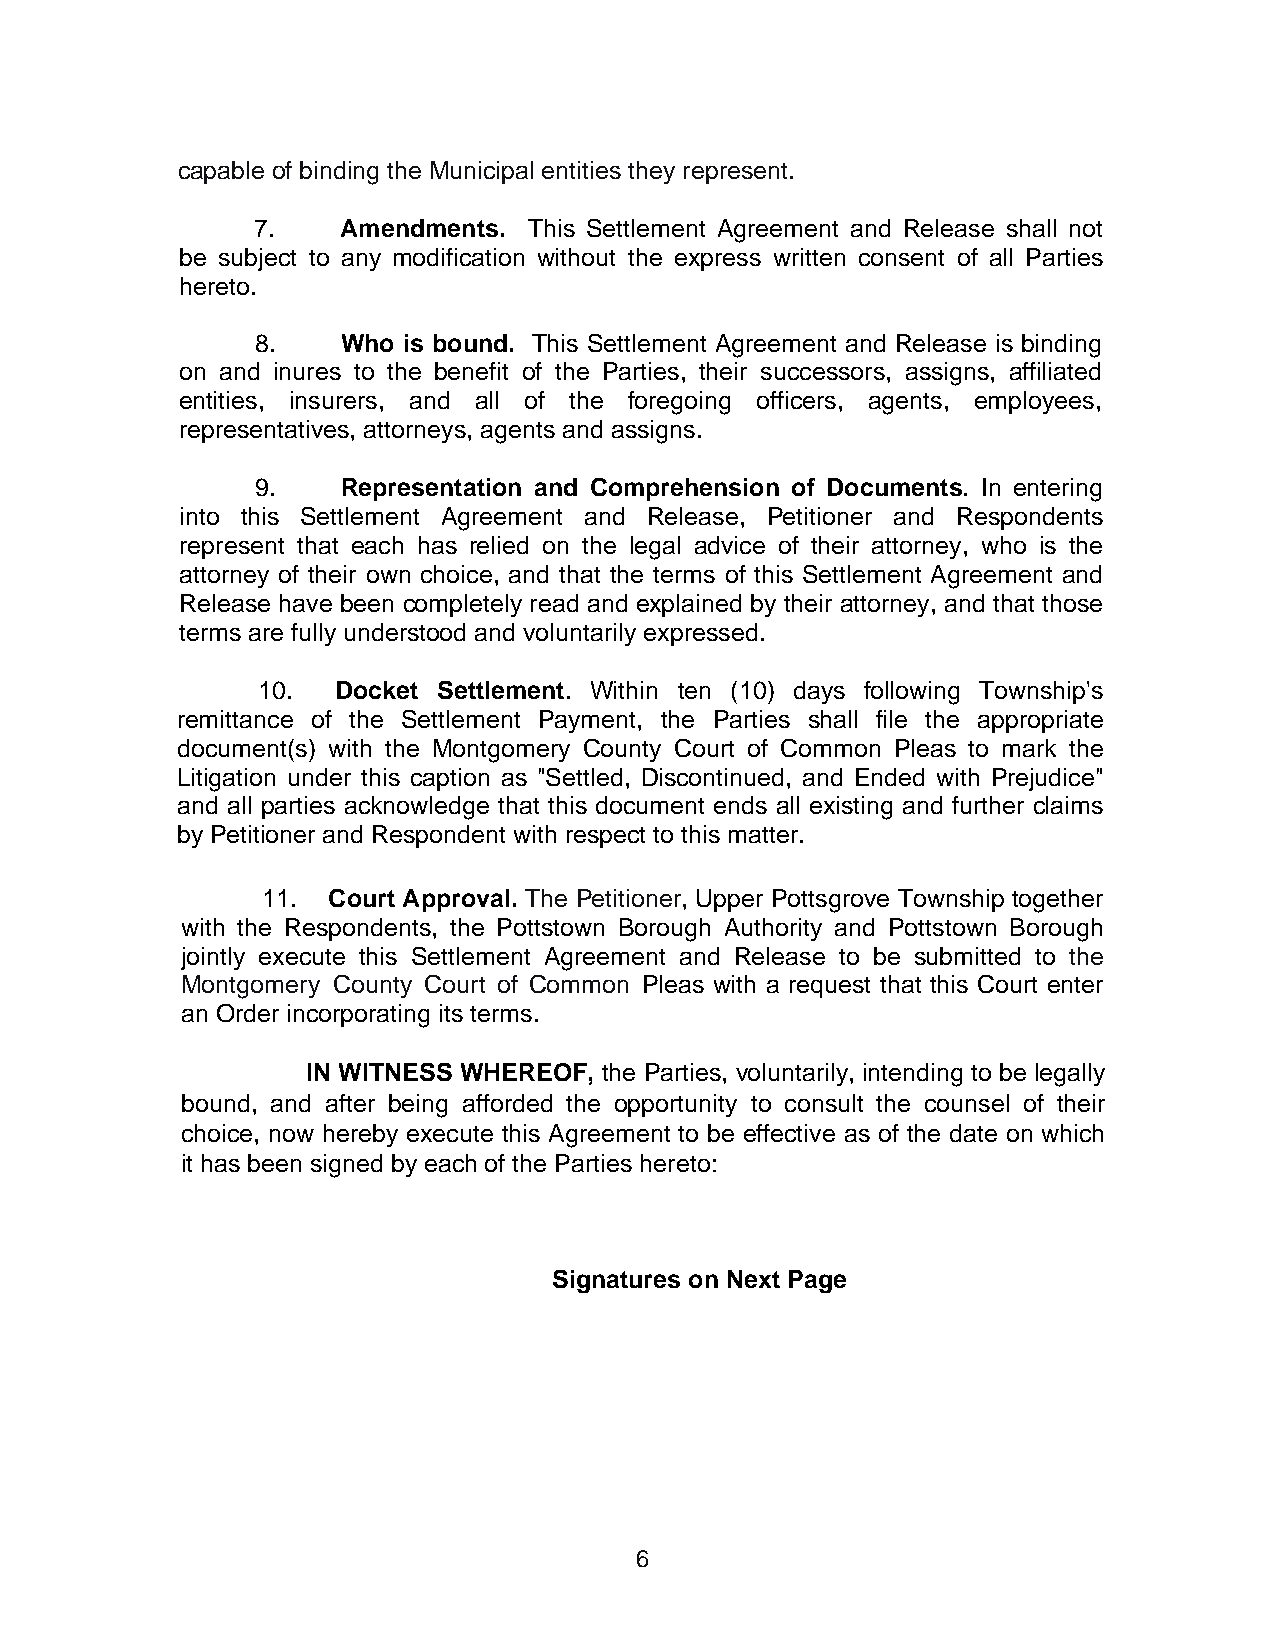
capable of binding the Municipal entities they represent.
 7.    Amendments. This Settlement Agreement and Release shall not
 be subject to any modification without the express written consent of all Parties
 hereto.
 8.    Who is bound. This Settlement Agreement and Release is binding
 on and inures to the benefit of the Parties, their successors, assigns, affiliated
 entities, insurers, and all of the foregoing officers, agents, employees,
 representatives, attorneys, agents and assigns.
 9.    Representation and Comprehension of Documents. In entering
 into this Settlement Agreement and Release, Petitioner and Respondents
 represent that each has relied on the legal advice of their attorney, who is the
 attorney of their own choice, and that the terms of this Settlement Agreement and
 Release have been completely read and explained by their attorney, and that those
 terms are fully understood and voluntarily expressed.
 10.  Docket Settlement. Within ten (10) days following Township's
 remittance of the Settlement Payment, the Parties shall file the appropriate
 document(s) with the Montgomery County Court of Common Pleas to mark the
 Litigation under this caption as "Settled, Discontinued, and Ended with Prejudice"
 and all parties acknowledge that this document ends all existing and further claims
 by Petitioner and Respondent with respect to this matter.
 11.  Court Approval. The Petitioner, Upper Pottsgrove Township together
 with the Respondents, the Pottstown Borough Authority and Pottstown Borough
 jointly execute this Settlement Agreement and Release to be submitted to the
 Montgomery County Court of Common Pleas with a request that this Court enter
 an Order incorporating its terms.
 IN WITNESS WHEREOF, the Parties, voluntarily, intending to be legally
 bound, and after being afforded the opportunity to consult the counsel of their
 choice, now hereby execute this Agreement to be effective as of the date on which
 it has been signed by each of the Parties hereto:
 Signatures on Next Page
 6